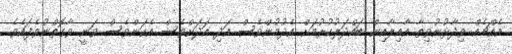
އެއްޗެއް ވިދާޅުނުވިތާ އާއިލާއިން ބައްދަލުކުރުމަށް އެދުމުންވެސް އަދި އަދަށްވެސް އެކަންވެސް ވަނީ ވާގޮތްނުވެފައެވެ.